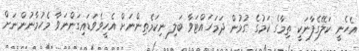
އެހެނީ ކަލޭގެފާނަކީ ތިމާގެ ކަމުގެ ގުޅުން ދަމަހައްޓަވާ ބަލި ނިކަމެތިންނަށް އެހީވެވަޑައިގަންނަވާ މެހުމާނުންނަށް